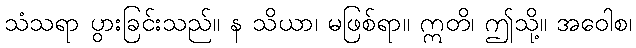
သံသရာ ပွားခြင်းသည်။ န သိယာ၊ မဖြစ်ရာ။ ဣတိ၊ ဤသို့။ အဝေါစ၊